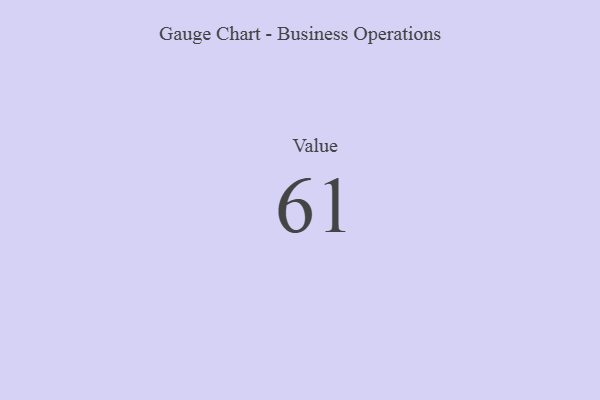
{"axis": {"x": "Metric", "y": "Value"}, "legend": [""], "data": [{"x": "Value", "y": 61, "type": ""}]}